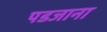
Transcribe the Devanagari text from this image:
पडजाना